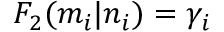
F _ { 2 } ( m _ { i } | n _ { i } ) = \gamma _ { i }